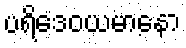
ပရိဒေဝယမာနော